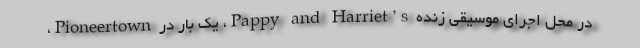
در محل اجرای موسیقی زنده Pappy and Harriet’s، یک بار در Pioneertown،